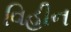
વિહીન